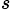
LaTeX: _s